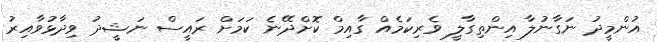
އުންމީދު ނަގާނުލާ އިންތިގާލީ ވެރިކަމެއް ގާއިމް ކޮށްދޭނެ ކަމަށް ރައީސް ނަޝީދު ވިދާޅުވާއިރު